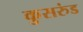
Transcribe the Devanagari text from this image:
कुसरुंड